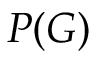
P ( G )